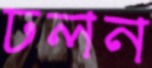
ঢলন